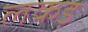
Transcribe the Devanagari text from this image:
लकड़